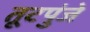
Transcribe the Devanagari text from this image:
तूटपुंजे